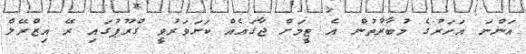
އަންނަ އަހަރުގެ މުބާރާތުން އެ ޓީމަށް ޖާގައެއް ކަށަވަރުވީ ގްރޫޕުގައި ރޭ އިޒްރޭލް